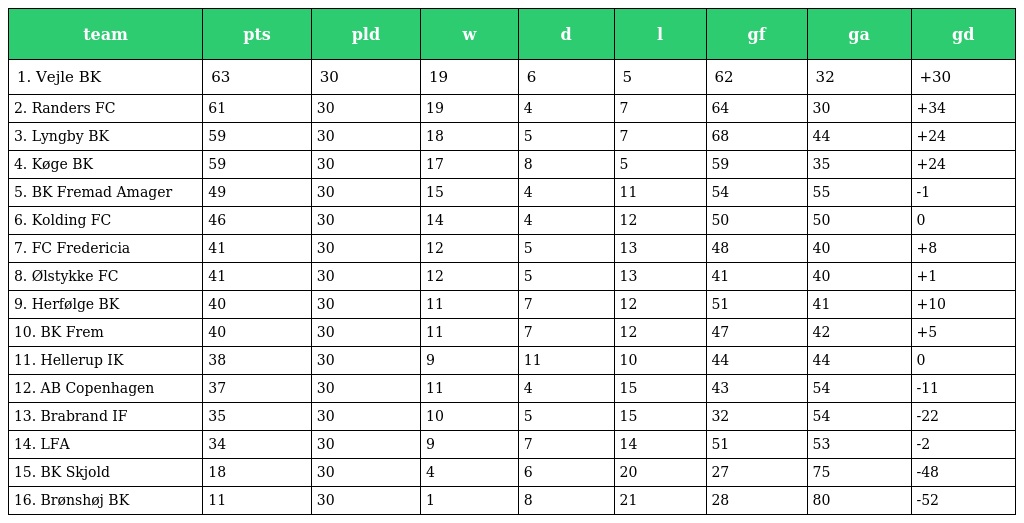
| team | pts | pld | w | d | l | gf | ga | gd |
 | --- | --- | --- | --- | --- | --- | --- | --- | --- |
 | 1. Vejle BK | 63 | 30 | 19 | 6 | 5 | 62 | 32 | +30 |
 | 2. Randers FC | 61 | 30 | 19 | 4 | 7 | 64 | 30 | +34 |
 | 3. Lyngby BK | 59 | 30 | 18 | 5 | 7 | 68 | 44 | +24 |
 | 4. Køge BK | 59 | 30 | 17 | 8 | 5 | 59 | 35 | +24 |
 | 5. BK Fremad Amager | 49 | 30 | 15 | 4 | 11 | 54 | 55 | -1 |
 | 6. Kolding FC | 46 | 30 | 14 | 4 | 12 | 50 | 50 | 0 |
 | 7. FC Fredericia | 41 | 30 | 12 | 5 | 13 | 48 | 40 | +8 |
 | 8. Ølstykke FC | 41 | 30 | 12 | 5 | 13 | 41 | 40 | +1 |
 | 9. Herfølge BK | 40 | 30 | 11 | 7 | 12 | 51 | 41 | +10 |
 | 10. BK Frem | 40 | 30 | 11 | 7 | 12 | 47 | 42 | +5 |
 | 11. Hellerup IK | 38 | 30 | 9 | 11 | 10 | 44 | 44 | 0 |
 | 12. AB Copenhagen | 37 | 30 | 11 | 4 | 15 | 43 | 54 | -11 |
 | 13. Brabrand IF | 35 | 30 | 10 | 5 | 15 | 32 | 54 | -22 |
 | 14. LFA | 34 | 30 | 9 | 7 | 14 | 51 | 53 | -2 |
 | 15. BK Skjold | 18 | 30 | 4 | 6 | 20 | 27 | 75 | -48 |
 | 16. Brønshøj BK | 11 | 30 | 1 | 8 | 21 | 28 | 80 | -52 |